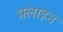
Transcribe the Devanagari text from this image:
फ़्लाइन